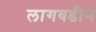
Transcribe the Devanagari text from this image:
लागवडीने